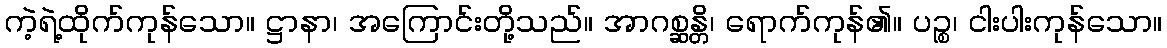
ကဲ့ရဲ့ထိုက်ကုန်သော။ ဋ္ဌာနာ၊ အကြောင်းတို့သည်။ အာဂစ္ဆန္တိ၊ ရောက်ကုန်၏။ ပဉ္စ၊ ငါးပါးကုန်သော။